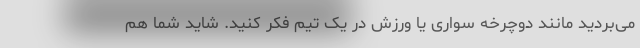
می‌بردید مانند دوچرخه سواری یا ورزش در یک تیم فکر کنید. شاید شما هم